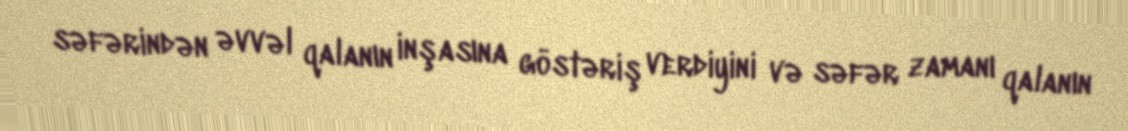
səfərindən əvvəl qalanın inşasına göstəriş verdiyini və səfər zamanı qalanın